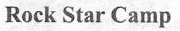
Rock Star Camp